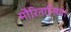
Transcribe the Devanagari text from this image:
मौरितानिया।